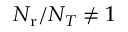
N _ { \mathrm { r } } / N _ { T } \neq 1